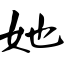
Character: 她